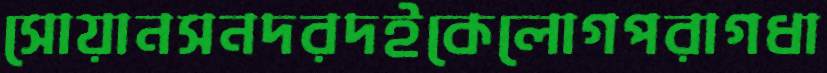
সোয়ানসনদরদইকেলোগপরাগধা